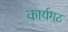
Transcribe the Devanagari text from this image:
कार्यगट